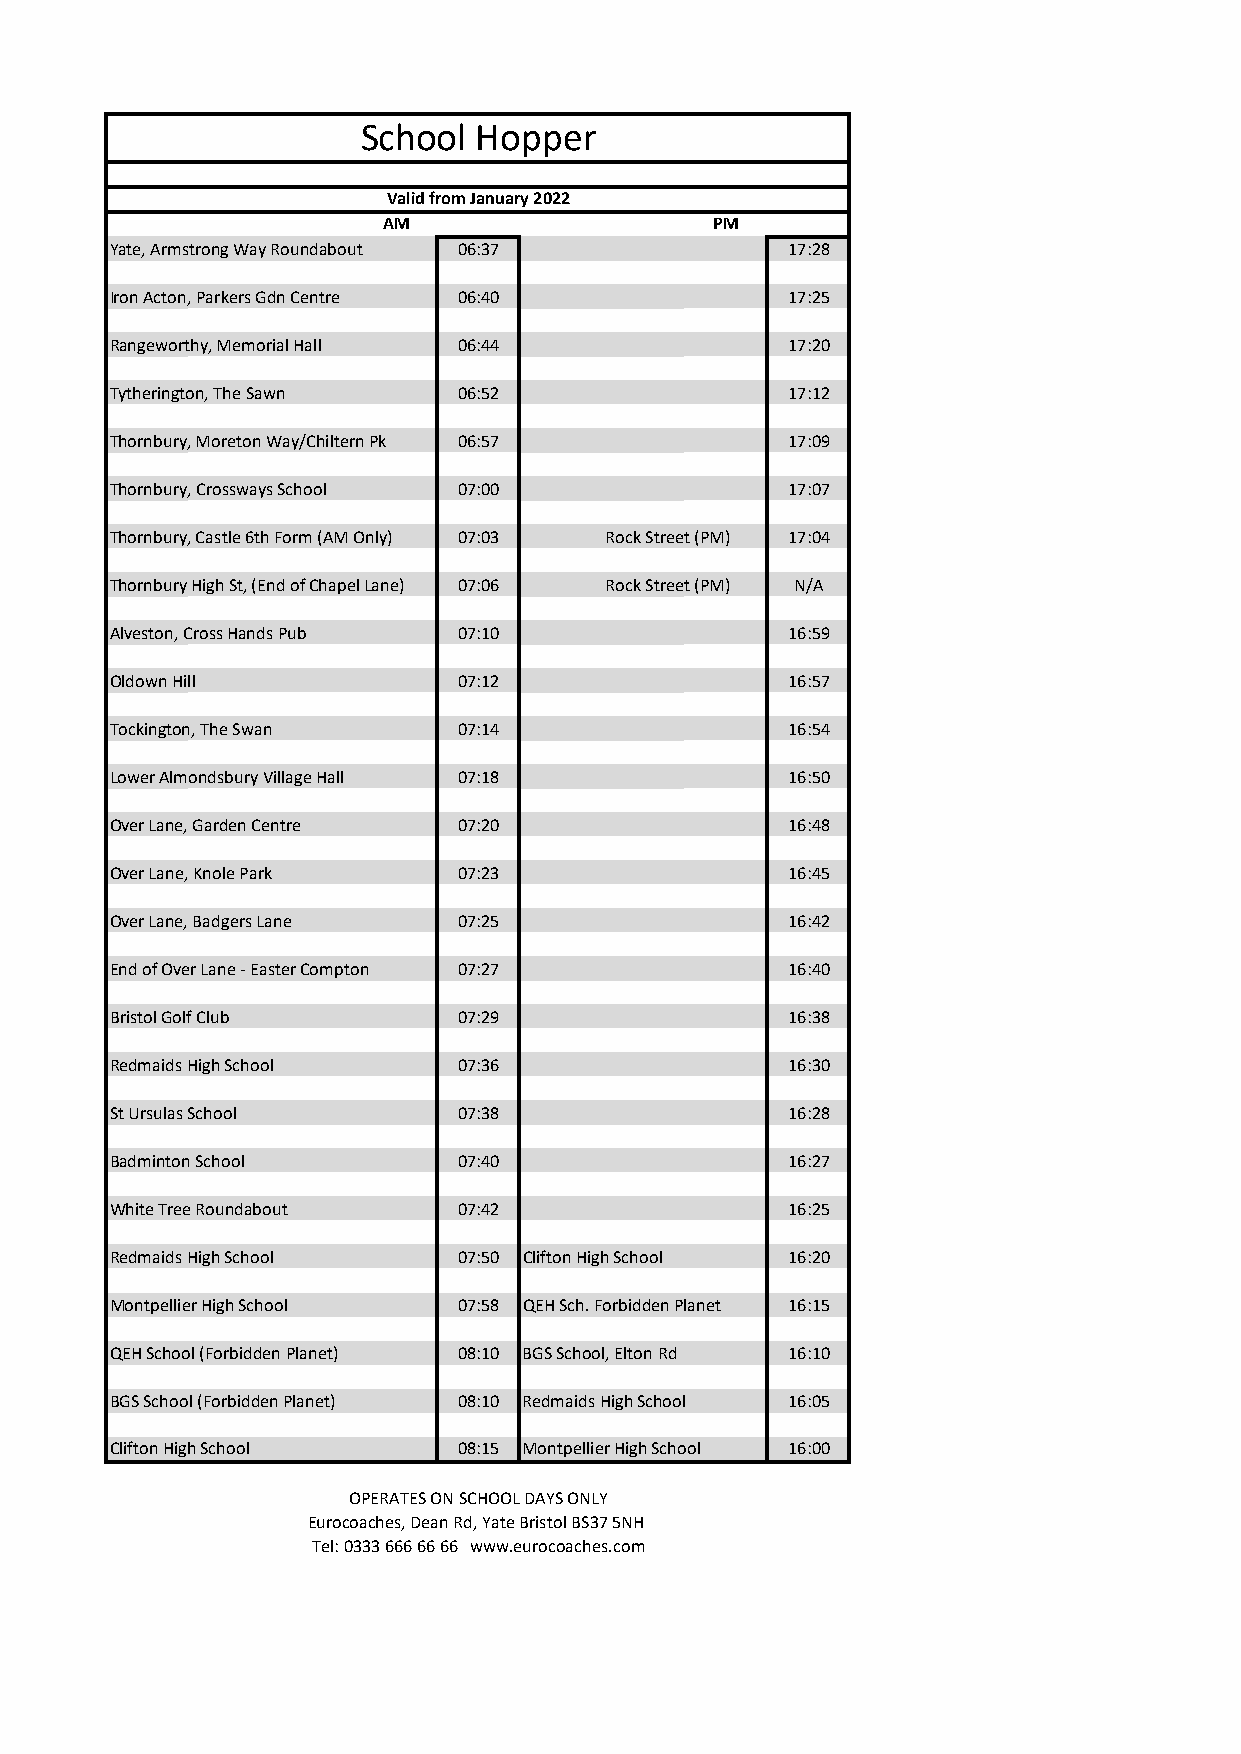
School Hopper
 Valid from January 2022
 AM                    PM
 Yate, Armstrong Way Roundabout 06:37         17:28
 Iron Acton, Parkers Gdn Centre 06:40         17:25
 Rangeworthy, Memorial Hall 06:44             17:20
 Tytherington, The Sawn 06:52                 17:12
 Thornbury, Moreton Way/Chiltern Pk 06:57     17:09
 Thornbury, Crossways School 07:00            17:07
 Thornbury, Castle 6th Form (AM Only) 07:03 Rock Street (PM) 17:04
 Thornbury High St, (End of Chapel Lane) 07:06 Rock Street (PM) N/A
 Alveston, Cross Hands Pub 07:10              16:59
 Oldown Hill            07:12                 16:57
 Tockington, The Swan   07:14                 16:54
 Lower Almondsbury Village Hall 07:18         16:50
 Over Lane, Garden Centre 07:20               16:48
 Over Lane, Knole Park  07:23                 16:45
 Over Lane, Badgers Lane 07:25                16:42
 End of Over Lane - Easter Compton 07:27      16:40
 Bristol Golf Club      07:29                 16:38
 Redmaids High School   07:36                 16:30
 St Ursulas School      07:38                 16:28
 Badminton School       07:40                 16:27
 White Tree Roundabout  07:42                 16:25
 Redmaids High School   07:50 Clifton High School 16:20
 Montpellier High School 07:58 QEH Sch. Forbidden Planet 16:15
 QEH School (Forbidden Planet) 08:10 BGS School, Elton Rd 16:10
 BGS School (Forbidden Planet) 08:10 Redmaids High School 16:05
 Clifton High School    08:15 Montpellier High School 16:00
 OPERATES ON SCHOOL DAYS ONLY
 Eurocoaches, Dean Rd, Yate Bristol BS37 5NH
 Tel: 0333 666 66 66 www.eurocoaches.com